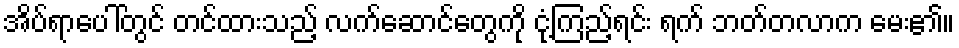
အိပ်ရာပေါ်တွင် တင်ထားသည့် လက်ဆောင်တွေကို ငုံ့ကြည့်ရင်း ရက် ဘတ်တလာက မေး၏။